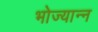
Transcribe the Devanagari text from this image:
भोज्यान्न